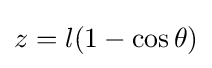
z=l(1-\cos \theta )